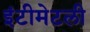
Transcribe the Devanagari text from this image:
इंटीमेटली